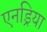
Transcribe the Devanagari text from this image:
एनड्रिया